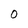
Character: t